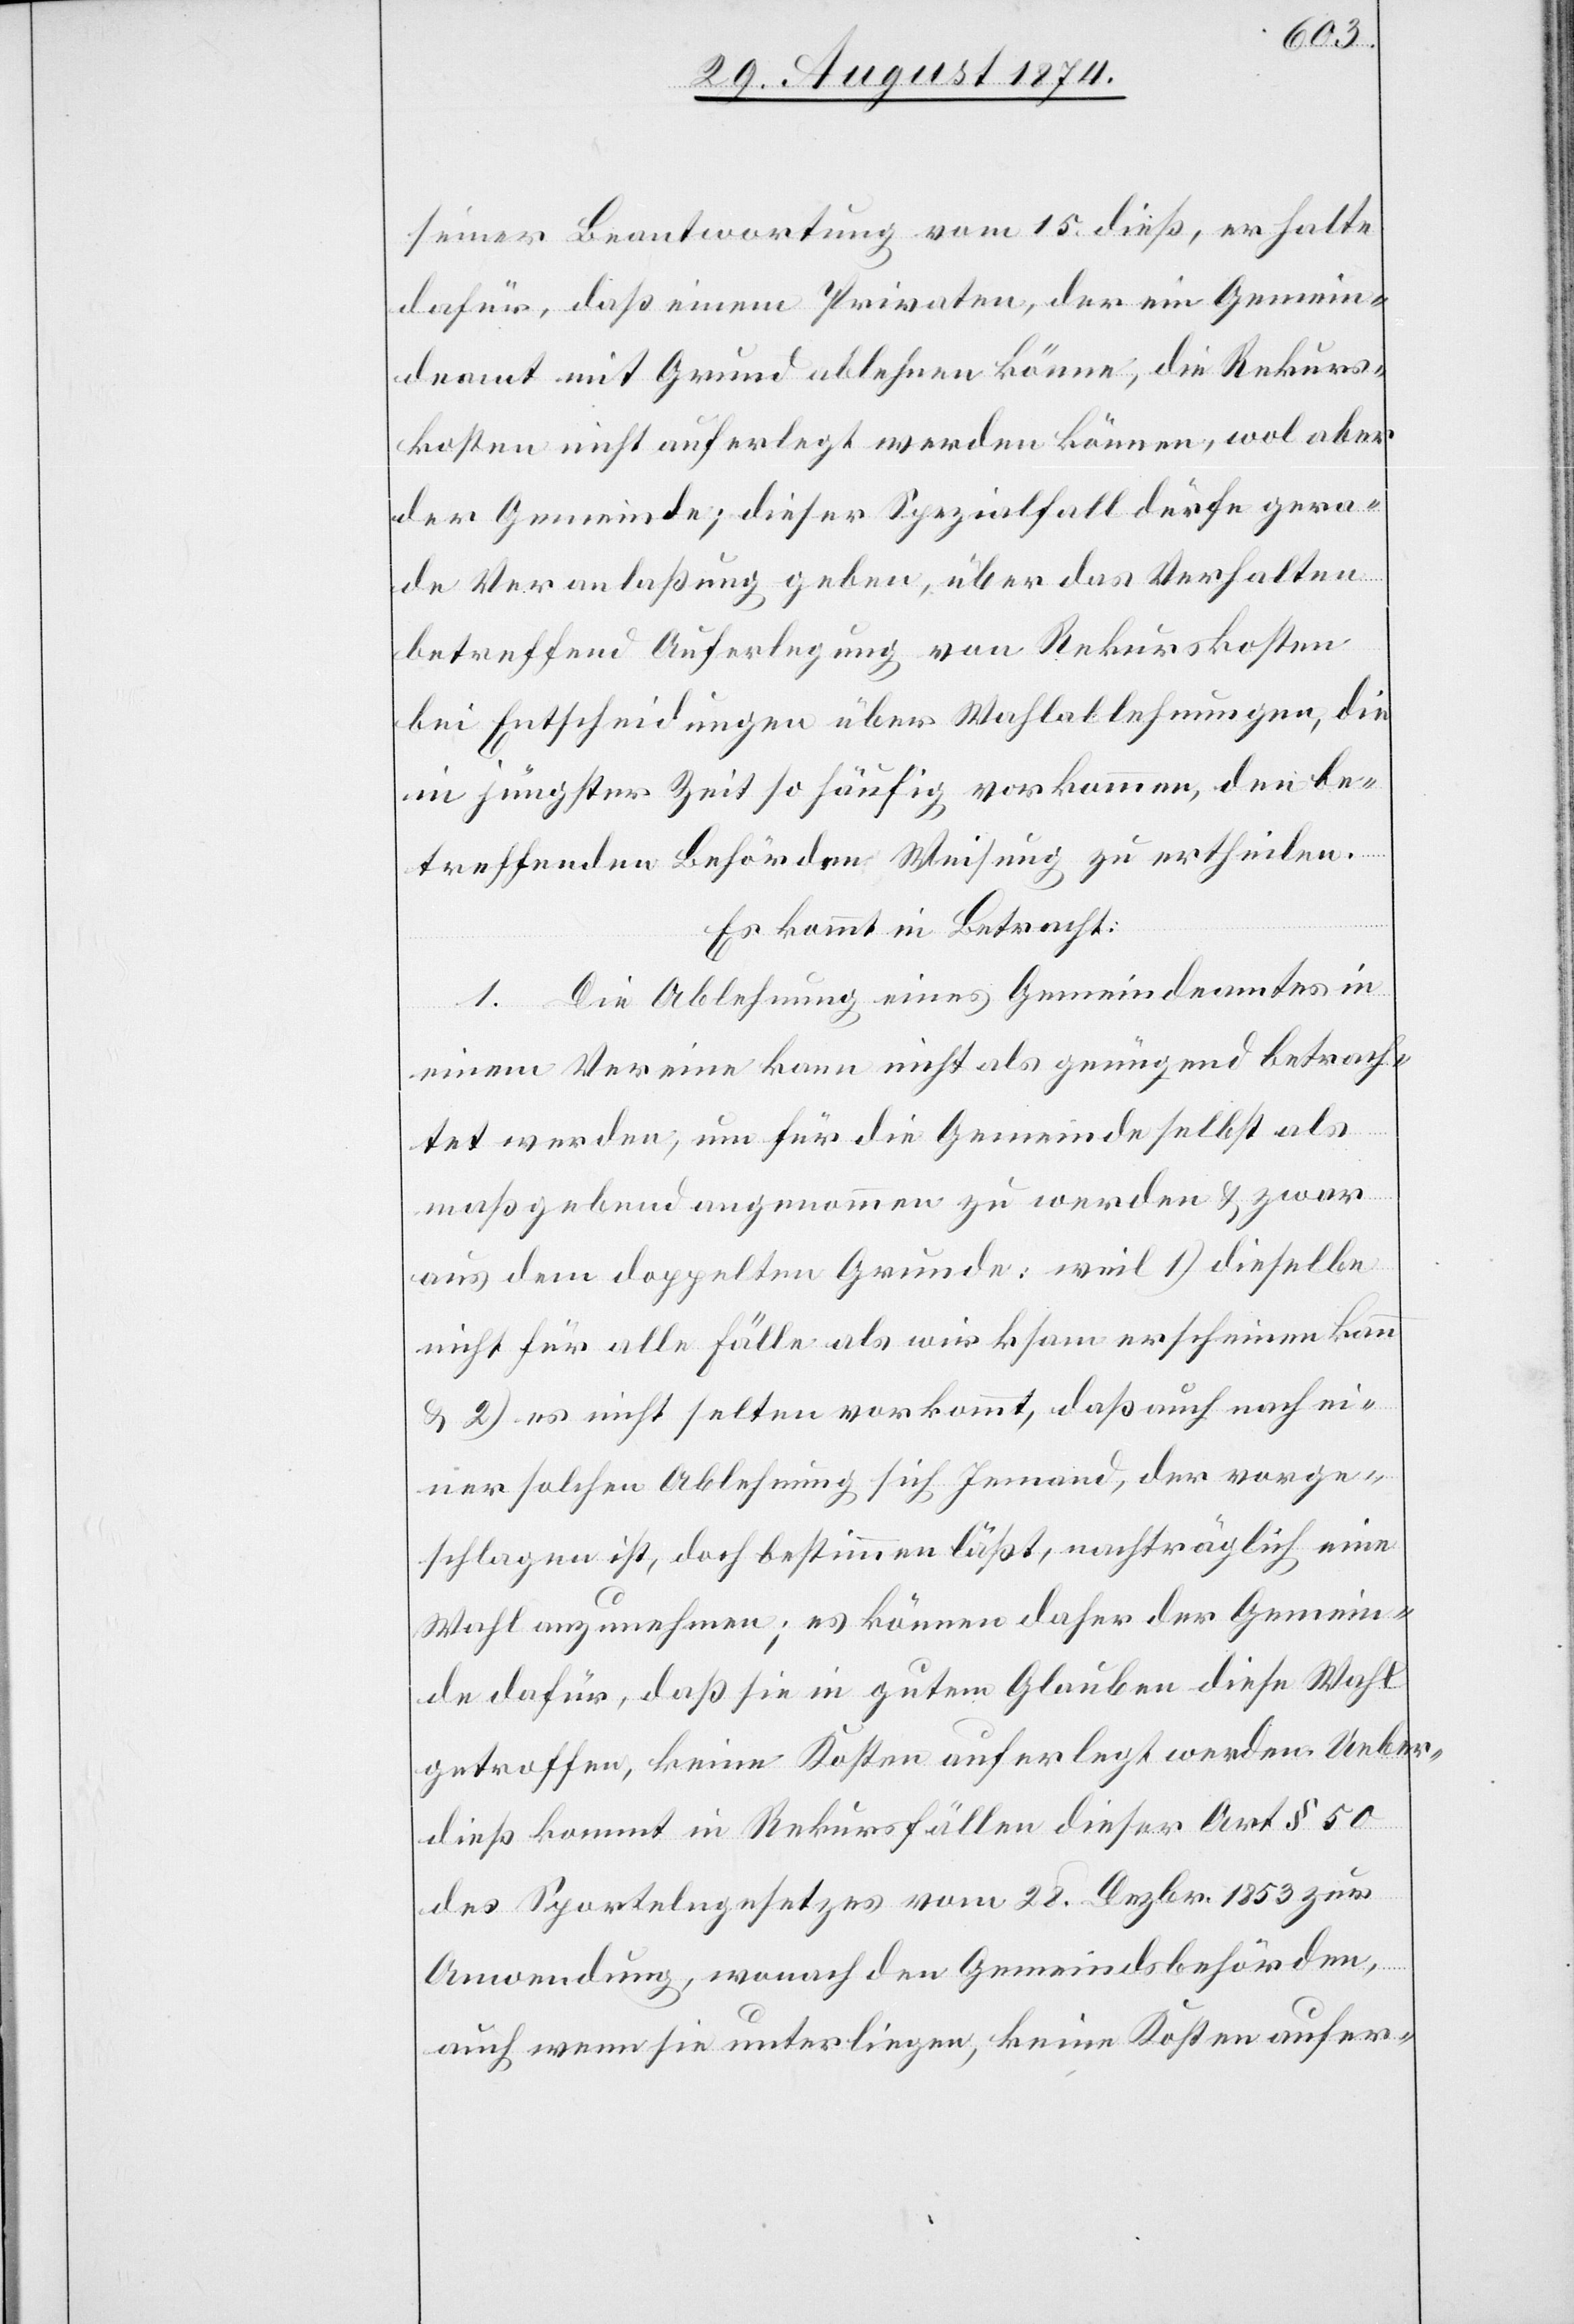
seiner Beantwortung vom 15. dieß, er halte
dafür, daß einem Privaten, der ein Gemein¬
deamt mit Grund ablehnen könne, die Rekurs¬
kosten nicht auferlegt werden könnten, wol aber
der Gemeinde; dieser Spezialfall dürfe gera¬
de Veranlaßung geben, übe das Verhalten
betreffend Auferlegung von Rekurskosten
bei Entscheidungen über Wahlablehnungen, die
in jüngster Zeit so häufig vorkommen, den be¬
treffenden Behörden Weisung zu ertheilen.
Es kommt in Betracht:
1. Die Ablehnung eines Gemeindeamtes in
einem Vereine kann nicht als genügend betrach¬
tet werden, um für die Gemeinde selbst als
maßgebend angenommen zu werden u. zwar
aus dem doppelten Grunde: weil 1) dieselbe
nicht für alle Fälle als wirksam erscheinen kann
u. 2) es nicht selten vorkommt, daß auch nach ei¬
ner solchen Ablehnung sich Jemand, der vorge¬
schlagen ist, doch bestimmen läßt, nachträglich eine
Wahl anzunehmen; es können daher der Gemein¬
de dafür, daß sie in gutem Glauben diese Wahl
getroffen, keine Kosten auferlegt werden. Ueber¬
dieß kommt in Rekursfällen dieser Art § 50
des Sportelngesetzes vom 28. Dezbr. 1853 zur
Anwendung, wonach den Gemeindsbehörden,
auch wenn sie unterliegen, keine Kosten aufer-